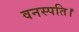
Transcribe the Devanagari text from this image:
वनस्पति।